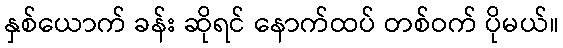
နှစ်ယောက် ခန်း ဆိုရင် နောက်ထပ် တစ်ဝက် ပိုမယ်။